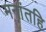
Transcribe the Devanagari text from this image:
मनांतहि